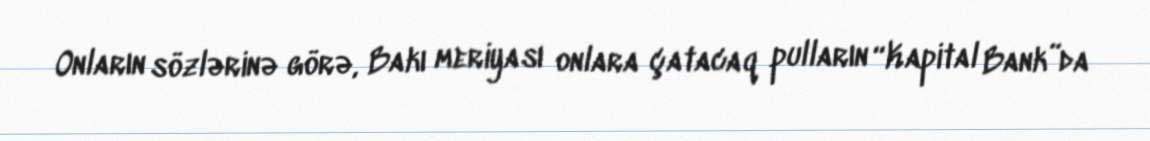
Onların sözlərinə görə, Bakı meriyası onlara çatacaq pulların “Kapital Bank”da